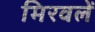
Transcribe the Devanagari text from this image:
मिरवलें